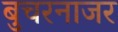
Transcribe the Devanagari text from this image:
बुचरनाजर